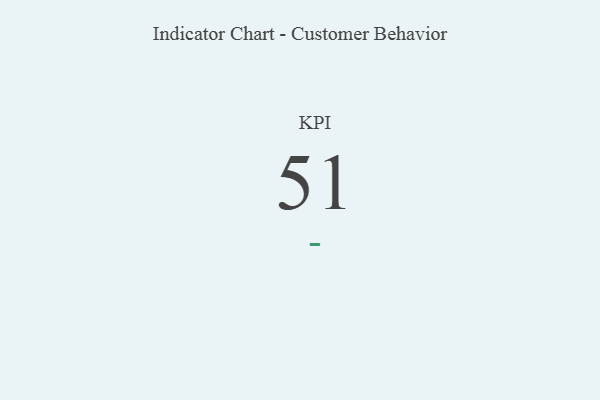
{"axis": {"x": "KPI", "y": "Value"}, "legend": [""], "data": [{"x": "KPI", "y": 51, "type": ""}]}